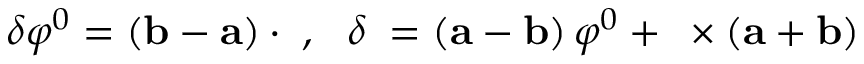
\delta \varphi ^ { 0 } = \left( { \bf b - a } \right) \cdot { \mathbf \varphi , \; \; \; } \delta { \mathbf \varphi } = \left( { \bf a - b } \right) \varphi ^ { 0 } + { \mathbf \varphi } \times \left( { \bf a + b } \right) \nonumber